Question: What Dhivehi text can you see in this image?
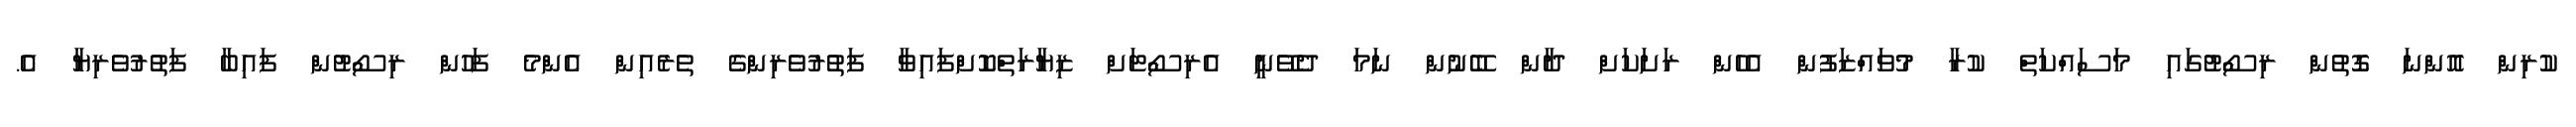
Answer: ކުރިން އޮންނަ ގޮތުން ރިސޯޓުގައި މަސައްކަތް ކުރާ މުވައްޒަފުން އެހެން ރަށަކަށް ދާން ބޭނުން ނަމަ ދެވޭނީ އެރިސޯޓަށް ޒިޔާރަތްކޮށްފައިވާ ފަތުރުވެރިންގެ ތެރެއިން އެންމެ ފަހުން ރިސޯޓުން ފައިބާ ފަތުރުވެރިޔާ އެ.